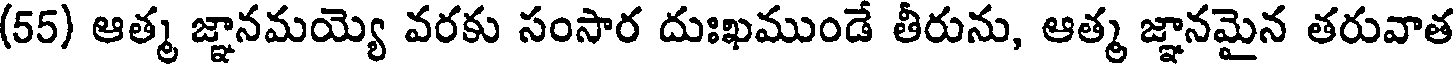
(55) ఆత్మ జ్ఞానమయ్యె వరకు సంసార దుఃఖముండే తీరును, ఆత్మ జ్ఞానమైన తరువాత